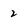
Character: 2